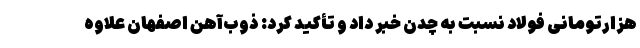
هزارتومانی فولاد نسبت به چدن خبر داد و تأکید کرد: ذوب‌آهن اصفهان علاوه